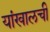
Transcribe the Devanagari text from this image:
यांखालची